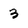
Character: 3